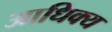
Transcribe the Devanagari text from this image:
आधिक्‍य